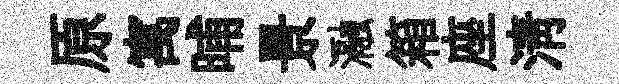
原寓晡景瀜箱座淸